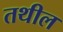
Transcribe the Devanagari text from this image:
तथील